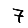
Digit: 7